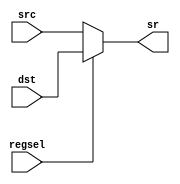
`timescale 1ns / 1ps
module rgsel(
input [2:0] dst,
input [2:0] src,
input regsel,
output [2:0]sr);
assign sr=regsel?dst:src;
endmodule